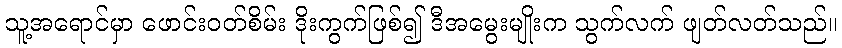
သူ့အရောင်မှာ ဖောင်းဝတ်စိမ်း ဒိုးကွက်ဖြစ်၍ ဒီအမွေးမျိုးက သွက်လက် ဖျတ်လတ်သည်။